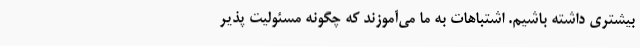
بیشتری داشته باشیم. اشتباهات به ما می‌آموزند که چگونه مسئولیت پذیر